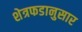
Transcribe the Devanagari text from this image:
शेत्रफडानुसार